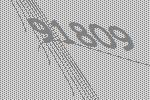
91809